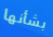
بشأنها